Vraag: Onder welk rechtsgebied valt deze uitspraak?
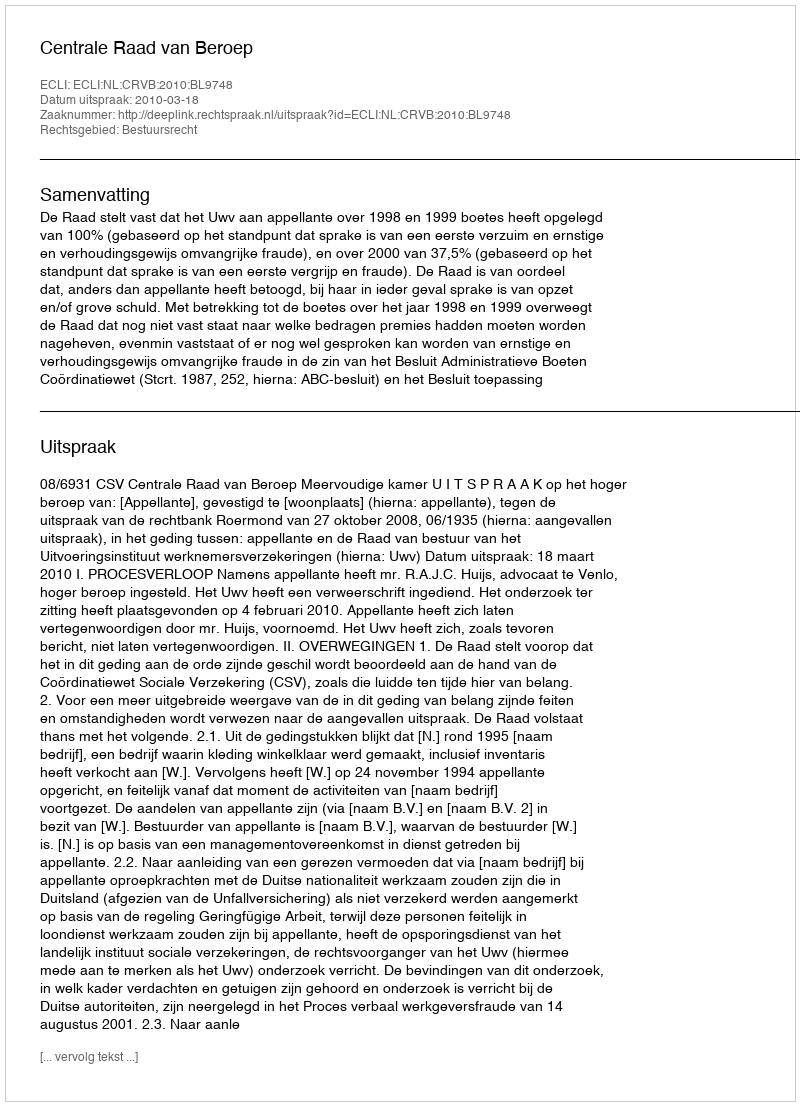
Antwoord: Bestuursrecht